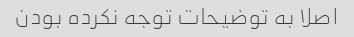
اصلا به توضیحات توجه نکرده بودن